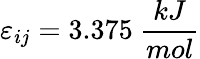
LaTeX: \varepsilon_{ij}=3.375~\frac{kJ}{mol}